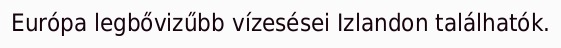
Európa legbővizűbb vízesései Izlandon találhatók.